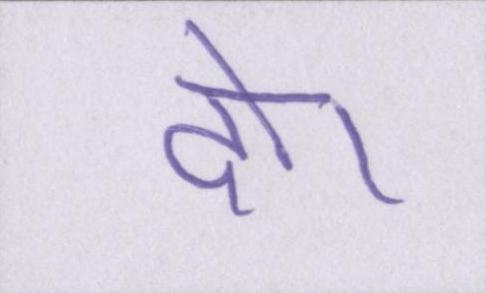
दो।